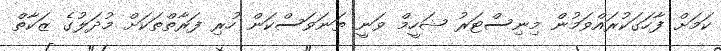
ކަމަށް ފާހަގަކުރައްވަމުން މިނިސްޓަރު ޝަހީމް ވަނީ ތަނަވަސްކަން ހުރި ފަރާތްތަކަށް މުދަލުގެ ޒަކާތް